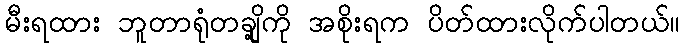
မီးရထား ဘူတာရုံတချို့ကို အစိုးရက ပိတ်ထားလိုက်ပါတယ်။